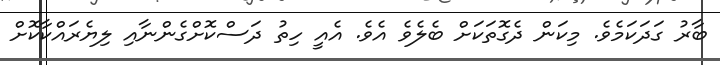
ބާރު ގަދަކަމެވެ. މިކަން ދެގޮތަކަށް ބެލެވެ އެވެ. އެއީ ހިތު ދަސްކޮށްގެންނާއި ލިޔެރައްކާކޮށް